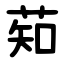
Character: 䓡